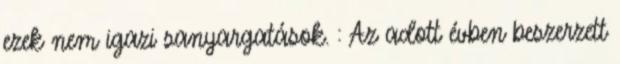
ezek nem igazi sanyargatások. : Az adott évben beszerzett